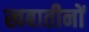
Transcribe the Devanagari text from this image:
खबातीनों